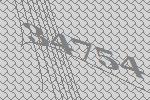
34754